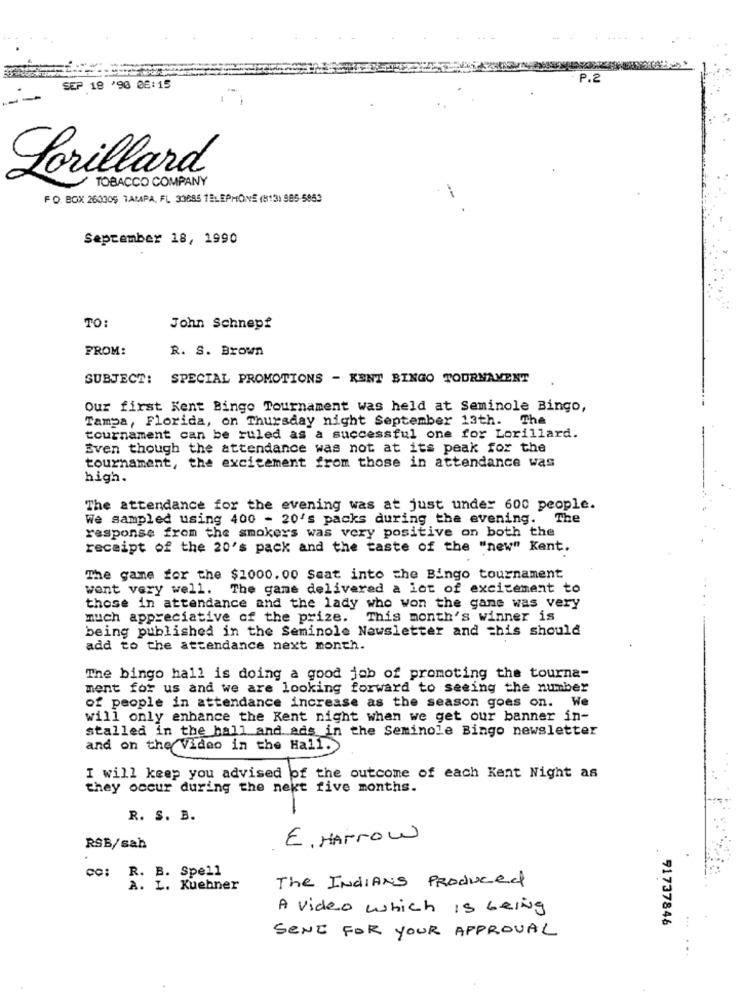
- P.2
SEP 18 '90 06:15
-
Lorillard
TOBACCO COMPANY
PO BOX 260009 TAMPA, FL 33685 TELEPHONE (513) 985-5953
September 18, 1990
TO:
John Schnepf
FROM:
R. S. Brown
SUBJECT: SPECIAL PROMOTIONS - KENT BINGO TOURNAMENT
Our first Kent Bingo Tournament was held at Seminole Bingo,
Tampa, Florida, on Thursday night September 13th. The
tournament can be ruled as a successful one for Lorillard.
Even though the attendance was not at its peak for the
tournament, the excitement from those in attendance was
high.
The attendance for the evening was at just under 600 people.
We sampled using 400 - 20's packs during the evening.
The
response from the smokers was very positive on both the
receipt of the 20's pack and the taste of the "new" Kent.
The game for the $1000.00 Seat into the Bingo tournament
wont very well. The game delivered a lot of excitement to
those in attendance and the lady who won the gane was very
much appreciative of the prize.
This month's winner is
being published in the Seminole Newsletter and this should
add to the attendance next month.
The bingo hall is doing a good job of promoting the tourna-
ment for us and we are looking forward to seeing the number
of people in attendance increase as the season goes on. We
will only enhance the Kent night when we get our banner in-
stalled in the hall and ads in the Seminole Bingo newsletter
and on the Video in the Hall.
I will keep you advised of the outcome of each Kent Night as
they occur during the next five months.
Ava HADE ?
R. S. B.
E. Harrow
RSB/sah
co; R. B. Spell
The INDIANS Produced
A. L. Kuehner
A video which is being
91737846
SENI FOR YOUR APPROVAL